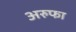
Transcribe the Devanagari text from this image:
अरुफा